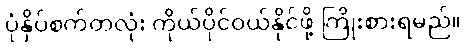
ပုံနှိပ်စက်တလုံး ကိုယ်ပိုင်ဝယ်နိုင်ဖို့ ကြိုးစားရမည်။